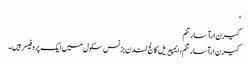
‘
کیرن ارآسارتنم
کیرن ارآسارتنم ، ایمپیریل کالج لندن بزنس سکول میں ایک پروفیسر ہیں۔